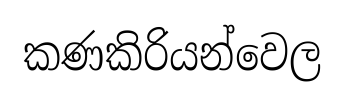
කණකිරියන්වෙල